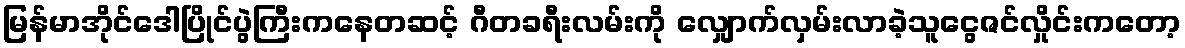
မြန်မာအိုင်ဒေါပြိုင်ပွဲကြီးကနေတဆင့် ဂီတခရီးလမ်းကို လျှောက်လှမ်းလာခဲ့သူငွေဇင်လှိုင်းကတော့